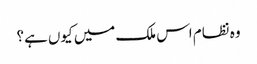
وہ نظام اس ملک میں کیوں ہے؟